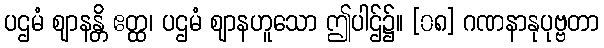
ပဌမံ ဈာနန္တိ ဧတ္ထ၊ ပဌမံ ဈာနဟူသော ဤပါဌ်၌။ [၀၈] ဂဏနာနုပုဗ္ဗတာ